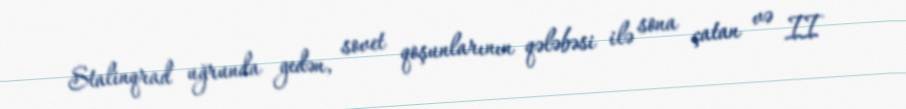
Stalinqrad uğrunda gedən, sovet qoşunlarının qələbəsi ilə sona çatan və II